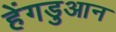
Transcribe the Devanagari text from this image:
हेंगडुआन